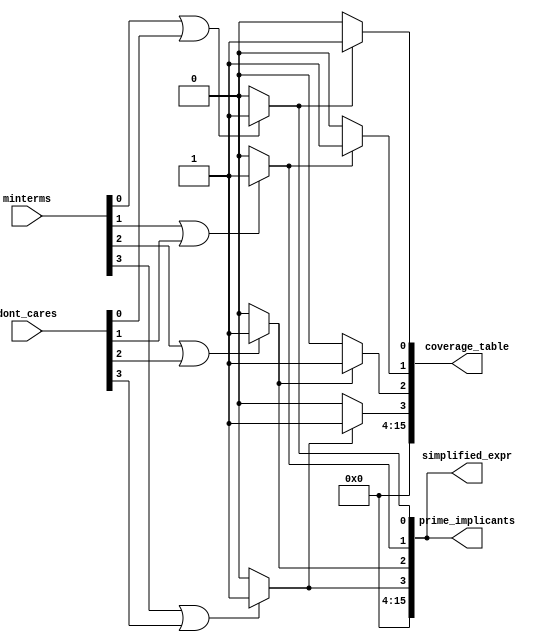
module PrimeImplicantExtractor (
    input wire [3:0] minterms,          // 4-bit input for minterms (e.g., 0-15)
    input wire [3:0] dont_cares,        // 4-bit input for don't care conditions
    output reg [15:0] prime_implicants, // Output for prime implicants
    output reg [15:0] simplified_expr,   // Output for simplified expression
    output reg [15:0] coverage_table     // Coverage table output
);

// Internal variables
reg [15:0] implicants; // Intermediate implicants
integer i, j;

// Minterm Identification
always @(*) begin
    implicants = 0;
    // Generate implicants from minterms and don't cares
    for (i = 0; i < 16; i = i + 1) begin
        if (minterms[i] || dont_cares[i]) begin
            implicants[i] = 1; // Mark the implicant
        end
    end
end

// Prime Implicant Extraction (Placeholder)
always @(*) begin
    prime_implicants = 0;
    // This is where the prime implicant extraction logic would go
    // For now, we will just pass the implicants as a placeholder
    prime_implicants = implicants; // Placeholder logic
end

// Coverage Analysis (Placeholder)
always @(*) begin
    coverage_table = 0;
    // This is where coverage analysis logic would go
    // For now, we will just set coverage based on prime implicants
    for (i = 0; i < 16; i = i + 1) begin
        if (prime_implicants[i]) begin
            coverage_table[i] = 1; // Mark coverage
        end
    end
end

// Output Formatter (Placeholder)
always @(*) begin
    simplified_expr = 0;
    // This is where the output formatting logic would go
    // For now, we will just set it to the prime implicants
    simplified_expr = prime_implicants; // Placeholder logic
end

endmodule